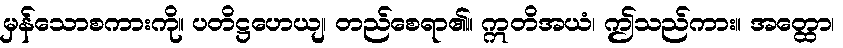
မှန်သောစကားကို။ ပတိဋ္ဌဟေယျ၊ တည်စေရာ၏။ ဣတိအယံ၊ ဤသည်ကား။ အတ္ထော၊